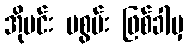
အိုမင်း မစွမ်း ဖြစ်ခါမှ